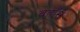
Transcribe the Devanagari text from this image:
वहाँसे